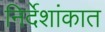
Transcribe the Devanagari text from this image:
निर्देशांकात